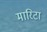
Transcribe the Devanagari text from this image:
मारिटा